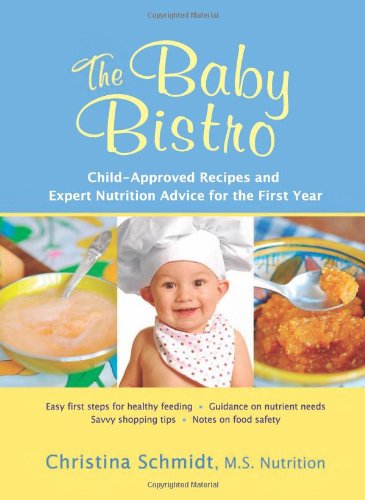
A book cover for The Baby Bistro: Child-Approved Recipes and Expert Nutrition Advice for the First Year; Christina Schmidt MS; Cookbooks, Food & Wine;